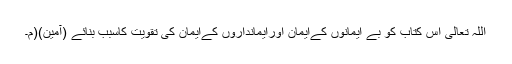
اللہ تعالیٰ اس کتاب کو بے ایمانوں کےایمان اورایمانداروں کےایمان کی تقویت کاسبب بنائے (آمین)(م۔